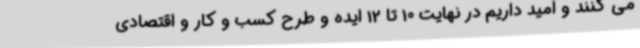
می کنند و امید داریم در نهایت 10 تا 12 ایده و طرح کسب و کار و اقتصادی